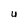
Character: U